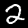
Label: 2